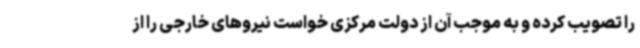
را تصویب کرده و به موجب آن از دولت مرکزی خواست نیروهای خارجی را از